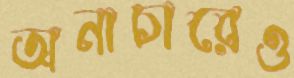
অনাচারেও